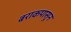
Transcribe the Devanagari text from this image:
बराकपासून